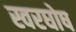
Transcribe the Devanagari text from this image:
स्वरघोष